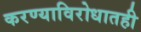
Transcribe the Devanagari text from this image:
करण्याविरोधातही